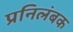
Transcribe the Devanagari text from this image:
प्रनिलंबक